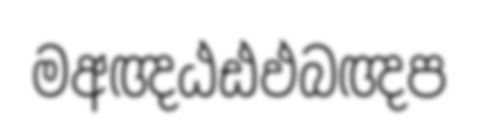
මඅඥඨඪඵබඥප